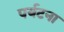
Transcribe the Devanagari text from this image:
पर्यटना